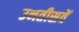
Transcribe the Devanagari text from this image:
उनतीसवें